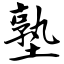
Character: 塾